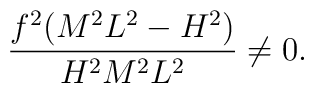
\hspace{10em}\frac{f^{2}(M^{2}L^{2}-H^{2})}{H^{2}M^{2}L^{2}}\neq 0.